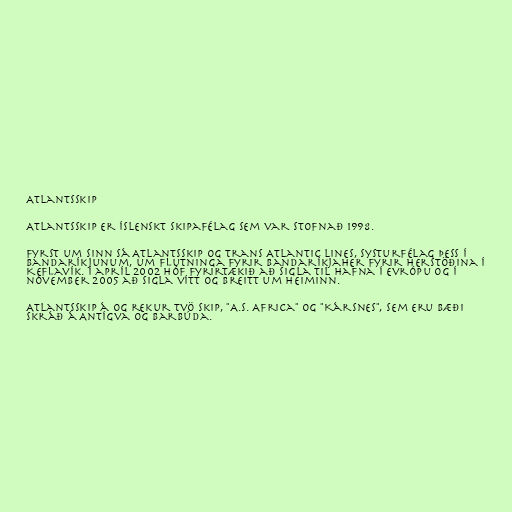
Atlantsskip

Atlantsskip er íslenskt skipafélag sem var stofnað 1998.

Fyrst um sinn sá Atlantsskip og Trans Atlantic Lines, systurfélag þess í
Bandaríkjunum, um flutninga fyrir Bandaríkjaher fyrir herstöðina í
Keflavík. Í apríl 2002 hóf fyrirtækið að sigla til hafna í Evrópu og í
nóvember 2005 að sigla vítt og breitt um heiminn.

Atlantsskip á og rekur tvö skip, "A.S. Africa" og "Kársnes", sem eru bæði
skráð á Antígva og Barbúda.